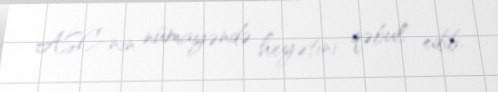
ASC-nin nümayəndə heyətini qəbul edib.